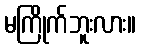
မကြိုက်ဘူးလား။